Report on vaccination in Madras 1904-1921 - 1904-1921
Year: 1904
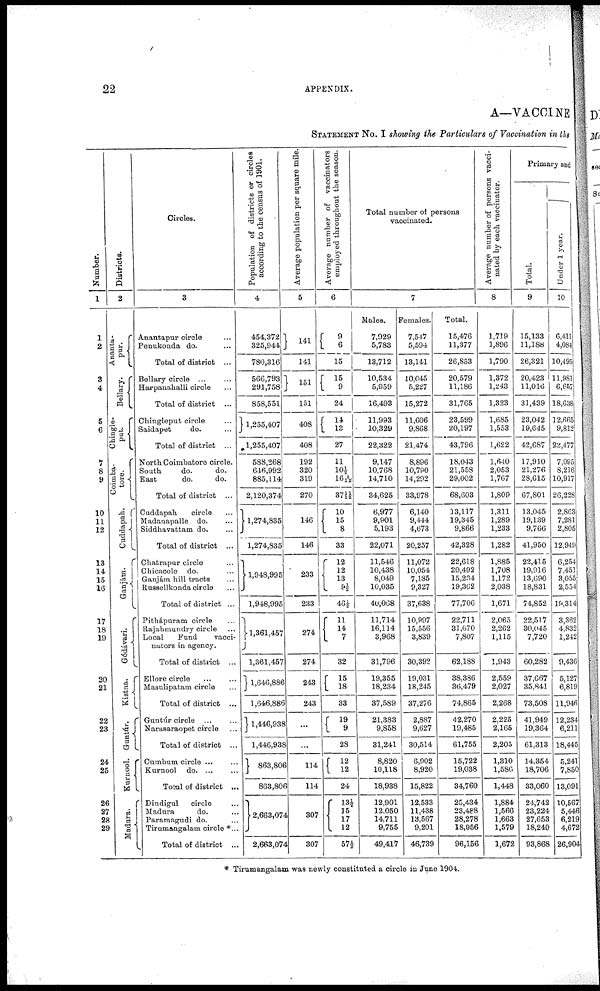
22
APPENDIX.
A—VACCINE
STATEMENT No. I showing the Particulars of Vaccination in the
Number.
1
1
2
3
4
5
6
7
8
9
10
11
12
13
14
15
16
17
18
19
20
21
22
23
24
25
26
27
28
29
Districts.
2
Ananta-
pur.
Bellary.
Chingle-
put.
Coimba-
tore.
Cuddapah.
Ganjàm.
Gódávari.
Kistna.
Guntúr.
Kurnool.
Madura.
Circles.
3
Anantapur circle...
Penukonda do. ...
Total of district ...
Bellary circle... ...
Harpanahalli circle...
Total of district ...
Chingleput circle...
Saidapet
do. ...
Total of district ...
North Coimbatore circle.
South
do.
do.
East
do.
do.
Total of district ...
Cuddapah circle...
Madanapalle do. ...
Siddhavattam do. ...
Total of district ...
Chatrapur circle...
Chicacole do. ...
Ganjátm hill tracts...
Russellkonda circle...
Total of district ...
Pithápuram circle...
Rajahmundry circle...
Local
Fund
vacci-
nators in agency.
Total of district ...
Ellore circle
...
...
Masulipatam circle...
Total of district ...
Guntúr circle... ...
Narasaraopet circle...
Total of district ...
Cumbum circle... ...
Kurnool d
o
. ...
Total of district ...
Dindigul circle...
Madura
do. ...
Paramagudi do. ...
Tirumangalam circle *...
Total of district ...
Population of districts or circles
according to the census of 1901.
4
454,372
325,944
780,316
566,793
291,758
858,551
1,255,407
1,255,407
588,268
646,992
885,114
2,120,374
1,274,835
1,274,835
1,948,995
1,948,995
1,361,457
1,361,457
1,646,886
1,646,886
1,446,938
1,446,938
863,80
863,80
2,663,074
2,663,074
Average population per square mile.
5
141
141
151
151
408
408
192
320
319
270
146
146
233
233
274
274
243
243
...
...
114
114
307
307
Average number of vaccinators
employed throughout the season.
6
9
6
15
15
9
24
14 13
27
11
10½
16 5/12
37 1/1 ½
10
15
8
33
12
12
13
9½
46½
11
14
7
32
15
18
33
19
9
23
12
12
24
13½
35
17
12
57½
Total number of persons
vaccinated.
Males.
7,929
5,783
13,712
10,534
5,959
16,493
11,993
10,329
22,322
9,147
10,768
14,710
34,625
6,977
9,901
5,193
22,071
11,546
10,438
8,049
10,035
40,068
11,714
16,114
3,968
31,796
19,355
18,234
37,589
21,383
9,858
31,241
8,820
10,118
18,938
12,901
12,050
14,711
9,755
49,417
7
Females.
7,517
5,594
13,141
10,045
5,227
15,272
11,606
9,868
21,474
8,896
10,790
14,292
33,978
6,140
9,444
4,673
20,257
11,072
10,054
7,185
9,327
37,638
10,997
15,556
3,839
30,392
19,031
18,245
37,276
2,887
9,627
30,514
6,902
8,920
15,822
12,533
11,438
13,567
9,201
46,739
Total.
15,476
11,377
26,853
20,579
11,186
31,765
23,599
20,197
43,796
18,043
21,558
29,002
68,603
33,117
19,345
9,866
42,328
22,618
20,492
15,234
19,362
77,706
22,711
31,670
7,807
62,188
38,386
36,479
74,865
42,270
19,485
61,755
15,722
19,038
34,760
25,434
23,488
28,278
18,956
96,156
Average number of persons vacci-
nated by each vaccinator.
8
1,719
1,896
1,790
1,372
1,243
1,323
1,685
1,553
1,622
1,640
2,053
1,767
1,809
1,311
1,289
1,233
1,282
1,885
1,708
1,172
2,038
1,671
2,065
2,262
1,115
1,943
2,559
2,027
2,268
2,225
2,165
2,205
1,310
1,586
1,448
1,884
1,566
1,663
1,579
1,672
Primary and
Total.
9
15,133
11,188
26,321
20,423
11,016
31,439
23,042
19,645
42,687
17,910
21,276
28,615
67,801
13,045
19,139
9,766
41,950
22,415
19,916
13,690
18,831
74,852
22,517
30,045
7,720
60,282
37,667
35,841
73,508
41,949
19,364
61,313
14,354
18,706
33,060
24,742
23,224
27,653
18,249
93,868
Under 1 year.
10
6,411
4,084
10,495
11,981
6,657
18,638
32,665
9,812
22,477
7,095
8,216
10,917
26,228
2,863
7,281
2,805
12,949
6,254
7,451
3,055
2,554
19,314
3,362
4,832
1,242
9,436
5,127
6,819
11,946
12,234
6,211
18,445
5,241
7,850
13,091
10,567
5,446
6,219
4,672
26,904
* Tirumangalam was newly constituted a circle in June 1904.